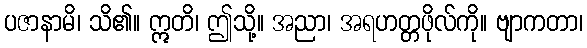
ပဇာနာမိ၊ သိ၏။ ဣတိ၊ ဤသို့။ အညာ၊ အရဟတ္တဖိုလ်ကို။ ဗျာကတာ၊